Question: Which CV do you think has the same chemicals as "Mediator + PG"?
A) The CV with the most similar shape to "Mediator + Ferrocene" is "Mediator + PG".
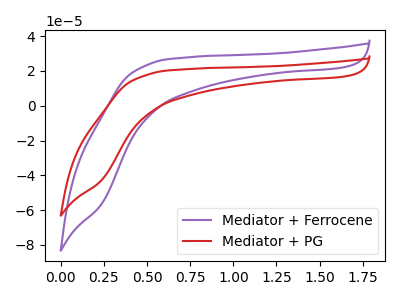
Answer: <think>The purple curve "Mediator + Ferrocene" has no peaks. The red curve "Mediator + PG" has no peaks.
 Neither "Mediator + Ferrocene" or "Mediator + PG" have any peaks.</think>
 <answer>A) The CV with the most similar shape to "Mediator + Ferrocene" is "Mediator + PG".</answer>
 <eval>A</eval>